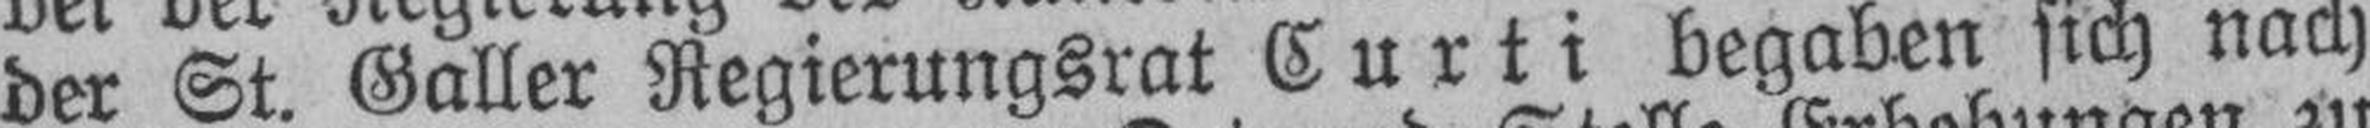
der St. Galler Regierungsrat Curti begaben sich nach